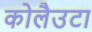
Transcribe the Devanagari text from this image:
कोलैउटा